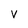
Character: v